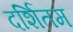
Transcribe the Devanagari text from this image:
दर्शितम